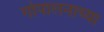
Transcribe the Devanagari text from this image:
गोपालनाच्या